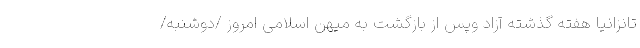
تانزانیا هفته گذشته آزاد وپس از بازگشت به میهن اسلامی امروز /دوشنبه/